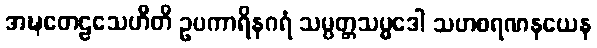
အဍ္ဎတေဠသေဟီတိ ဥပကာရိနဂရံ သမ္ပတ္တသမ္မဒေါ သဟစရဏနယေန